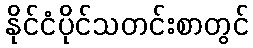
နိုင်ငံပိုင်သတင်းစာတွင်